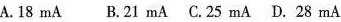
A.18mA B.21mA C.25mA D.28mA